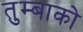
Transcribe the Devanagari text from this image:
तुम्बाको